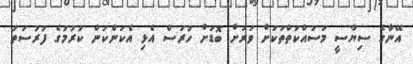
އޭނާގެ ސިޔާސީ މަސައްކަތްތަކަށް ވަރަށް ބޮޑަށް ހުރަސް އެޅި އެކަންކަން ކުރުމުގެ ފުރުސަތު